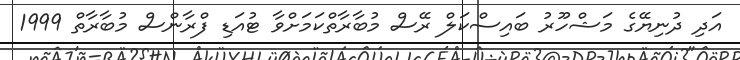
އަދި ދުނިޔޭގެ މަޝްހޫރު ބައިސްކަލް ރޭސް މުބާރާތްކަމަށްވާ ޓުއަޑި ފްރާންސް މުބާރާތް 1999